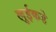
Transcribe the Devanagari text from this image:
लुईकडे